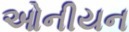
ઓનીયન